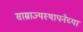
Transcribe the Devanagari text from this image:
साम्राज्यस्थापनेच्या